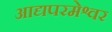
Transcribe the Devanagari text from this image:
आद्यपरमेश्वर